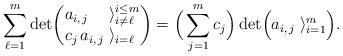
LaTeX: \begin{align*}\sum_{\ell=1}^m \det \! \left( \begin{array}{@{}l@{\;}l@{}}a_{i,\,j} & \rangle^{i\leq m}_{i\neq \ell} \\c_j\,a_{i,\,j} & \rangle_{i=\ell} \end{array} \right)=\Big( \sum_{j=1}^m c_j \Big) \det \! \Big( \begin{array}{@{}l@{\;}l@{}}a_{i,\,j} & \rangle_{i=1}^{m} \end{array} \Big).\end{align*}